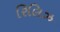
રિલિઝ